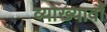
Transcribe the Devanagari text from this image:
व्याख्यावौं